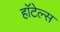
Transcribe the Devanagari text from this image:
हाॅटेल्स